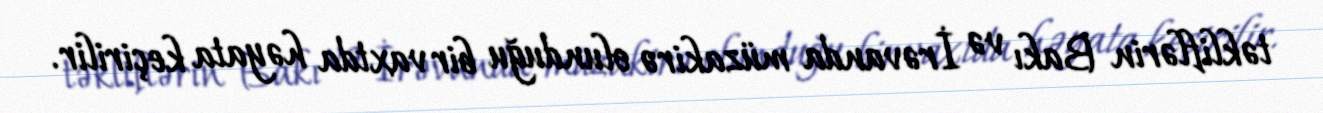
təkliflərin Bakı və İrəvanda müzakirə olunduğu bir vaxtda həyata keçirilir.